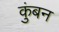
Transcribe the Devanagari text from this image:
कुंबन